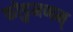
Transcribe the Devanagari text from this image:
कोडुमणम्